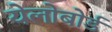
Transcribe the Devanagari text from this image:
येलोबोर्ड